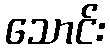
သောင်း